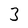
Character: 3